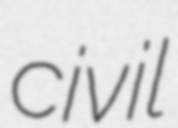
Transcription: civil